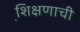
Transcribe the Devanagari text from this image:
शि़क्षणाची